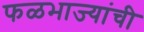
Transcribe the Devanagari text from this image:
फळभाज्यांची